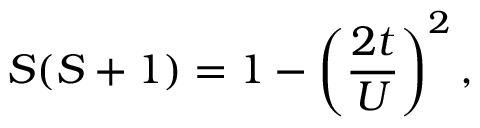
S ( S + 1 ) = 1 - \left( \frac { 2 t } { U } \right) ^ { 2 } ,